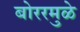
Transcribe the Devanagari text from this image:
बोररमुळे